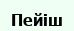
Пейіш